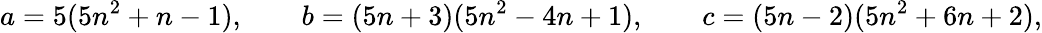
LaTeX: a=5(5n^{2}+n-1),\quad\quad b=(5n+3)(5n^{2}-4n+1),\quad\quad c=(5n-2)(5n^{2}+6n+2),